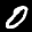
Label: 0